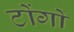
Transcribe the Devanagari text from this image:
टोंगों